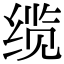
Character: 缆